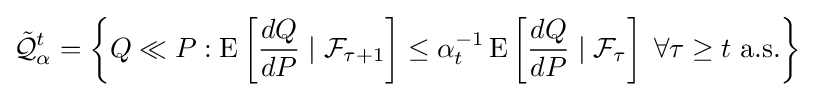
{\tilde {\mathcal {Q}}}_{\alpha }^{t}=\left\{Q\ll P:\operatorname {E} \left[{\frac {dQ}{dP}}\mid {\mathcal {F}}_{\tau +1}\right]\leq \alpha _{t}^{-1}\operatorname {E} \left[{\frac {dQ}{dP}}\mid {\mathcal {F}}_{\tau }\right]\;\forall \tau \geq t{\text{ a.s.}}\right\}